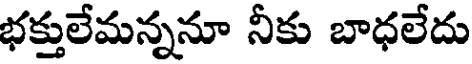
భక్తులేమన్ననూ నీకు బాధలేదు